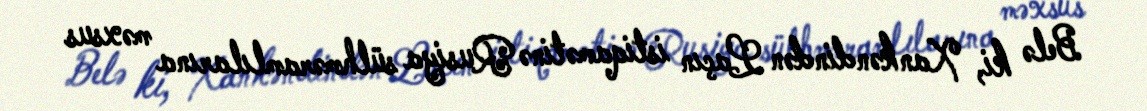
Belə ki, Xankəndindən Laçın istiqamətinə Rusiya sülhməramlılarına məxsus